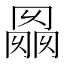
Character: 𰃭